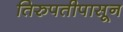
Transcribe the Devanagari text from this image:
तिरुपतीपासून